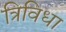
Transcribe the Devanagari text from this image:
त्रिविधा